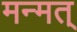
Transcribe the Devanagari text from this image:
मन्मत्